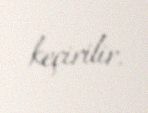
keçirilir.